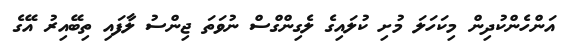
އަންހެންކުދިން މިކަހަލަ މުށި ކުލައިގެ ލެގިންގްސް ނުވަތަ ޖިންސު ލާފައި ތިބޭއިރު އޭގެ